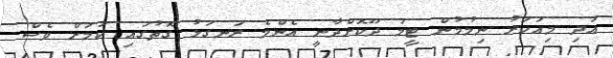
އަދި މިއަހަރު ނިމުމުން ޓީމު ދޫކޮށްދާނީ އެންމެ ރަނގަޅު ގޮތުގައި ކަމަށް ވެސް